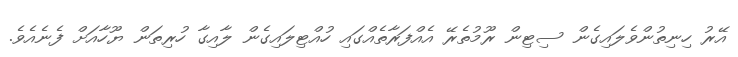
އޭރު ހިނިތުންވެލައިގެން ސިޓިން ރޫމުތެރޭ އެއްފަރާތެއްގައި ހުއްޓިލައިގެން ލާއިގާ ހުރިތަން ޔޫހާއަށް ފެނެއެވެ.